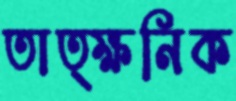
তাত্ক্ষনিক